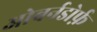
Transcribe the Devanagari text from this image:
ओबर्नडोर्फ़